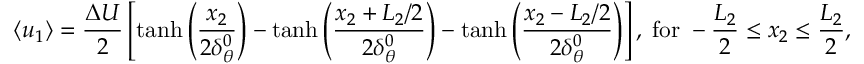
\left\langle { { u _ { 1 } } } \right\rangle = \frac { { \Delta U } } { 2 } \left[ { \operatorname { t a n h } \left( { \frac { { { x _ { 2 } } } } { { 2 \delta _ { \theta } ^ { 0 } } } } \right) - \operatorname { t a n h } \left( { \frac { { { x _ { 2 } } + { L _ { 2 } } / 2 } } { { 2 \delta _ { \theta } ^ { 0 } } } } \right) - \operatorname { t a n h } \left( { \frac { { { x _ { 2 } } - { L _ { 2 } } / 2 } } { { 2 \delta _ { \theta } ^ { 0 } } } } \right) } \right] , \; \mathrm { { f o r } } \; - \frac { L _ { 2 } } { 2 } \le { x _ { 2 } } \le \frac { L _ { 2 } } { 2 } ,